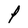
Character: P